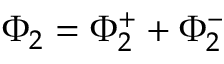
\Phi _ { 2 } = \Phi _ { 2 } ^ { + } + \Phi _ { 2 } ^ { - }